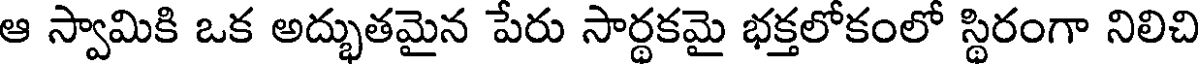
ఆ స్వామికి ఒక అద్భుతమైన పేరు సార్థకమై భక్తలోకంలో స్థిరంగా నిలిచి